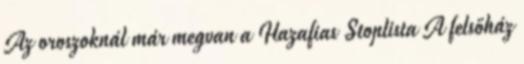
Az oroszoknál már megvan a Hazafias Stoplista A felsőház